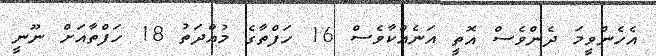
އެހެންވީމަ ދެންވެސް އޮތީ އަނެއްކާވެސް 16 ހަފްތާގެ މުއްދަތު 18 ހަފްތާއަށް ނޫނީ